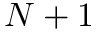
N + 1